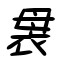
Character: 袰